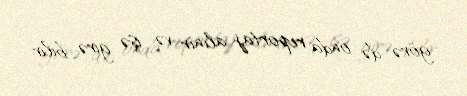
görə də onda reportaj alınır və işə girə bilir.